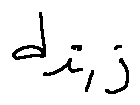
d _ { i , j }